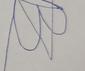
Signature authenticity: forged